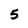
Character: 5